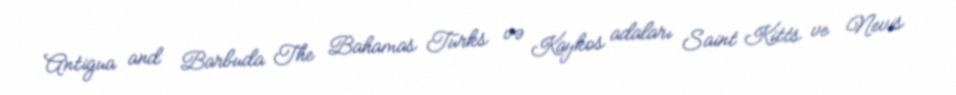
Antigua and Barbuda The Bahamas Turks və Kaykos adaları Saint Kitts ve Nevis